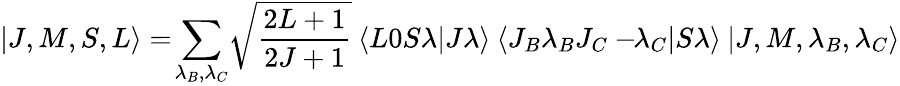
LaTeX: |J,M,S,L\rangle=\! \sum_{\lambda_{B},\lambda_{C}}\! \sqrt{\frac{2L+1}{2J+1}}\: \langle L0S\lambda|J\lambda\rangle\: \langle J_{B}\lambda_{B}J_{C}-\! \! \lambda_{C}|S\lambda\rangle\: |J,M,\lambda_{B},\lambda_{C}\rangle